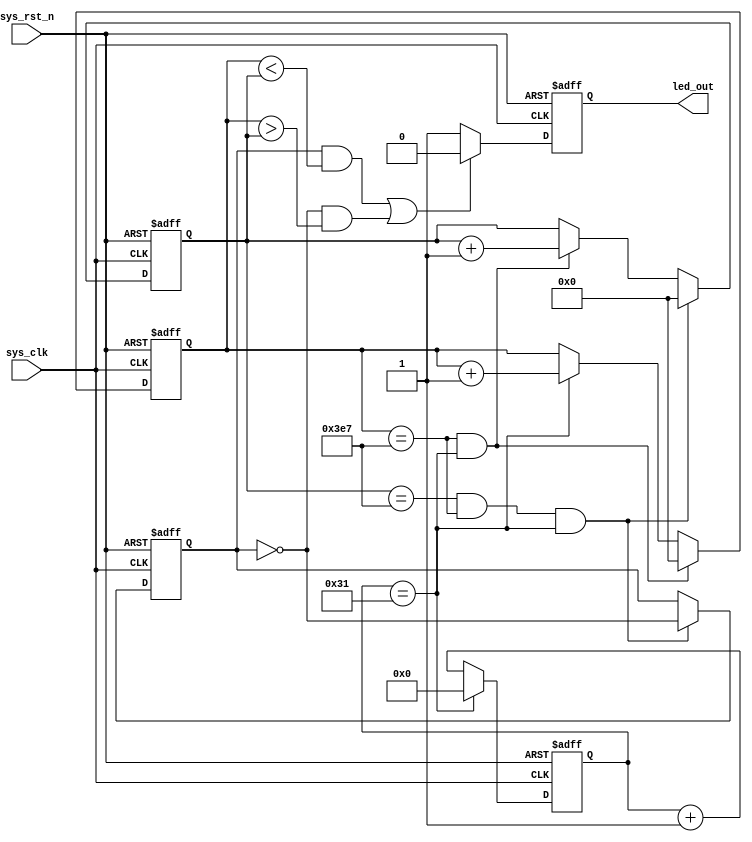
`timescale  1ns/1ns
module  breath_led
#(
    parameter   CNT_1US_MAX = 6'd49,
    parameter   CNT_1MS_MAX = 10'd999,
    parameter   CNT_1S_MAX = 10'd999
)
(
    input    wire   sys_clk     ,
    input    wire   sys_rst_n   ,
    
    output   reg   led_out 
);

reg     [9:0]     cnt_1s;
reg     [9:0]     cnt_1ms;
reg     [5:0]     cnt_1us;
reg               cnt_en;

always@(posedge sys_clk or  negedge sys_rst_n)
    if(sys_rst_n == 1'b0)
        cnt_1us<=6'd0;
    else    if(cnt_1us == CNT_1US_MAX)
        cnt_1us<=6'd0;
    else
        cnt_1us = cnt_1us +6'd1;

always@(posedge sys_clk or  negedge sys_rst_n)
    if(sys_rst_n == 1'b0)     
        cnt_1ms <= 10'd0;
     else   if((cnt_1ms ==CNT_1MS_MAX)&& (cnt_1us == CNT_1US_MAX))
        cnt_1ms <=  10'd0;
     else   if(cnt_1us == CNT_1US_MAX)
        cnt_1ms <= cnt_1ms + 10'd1;
     else
        cnt_1ms <= cnt_1ms;

always@(posedge sys_clk or  negedge sys_rst_n)
    if(sys_rst_n == 1'b0)
        cnt_1s <= 10'd0;
    else    if((cnt_1s == CNT_1S_MAX)&&(cnt_1ms ==CNT_1MS_MAX)&& (cnt_1us == CNT_1US_MAX))
        cnt_1s  <= 10'd0;
    else    if((cnt_1ms ==CNT_1MS_MAX)&& (cnt_1us == CNT_1US_MAX))
        cnt_1s  <=  cnt_1s +10'd1;
    else
        cnt_1s  <=  cnt_1s;
        
always@(posedge sys_clk or  negedge sys_rst_n)
    if(sys_rst_n == 1'b0)
        cnt_en <= 1'b0;
    else    if((cnt_1s == CNT_1S_MAX)&&(cnt_1ms ==CNT_1MS_MAX)&& (cnt_1us == CNT_1US_MAX))
        cnt_en <= ~cnt_en;
    else    
        cnt_en <= cnt_en;
        
always@(posedge sys_clk or  negedge sys_rst_n)
    if(sys_rst_n == 1'b0)
        led_out <= 1'b0;
    else    if((cnt_en == 1'b1 && cnt_1ms < cnt_1s) || 
                            (cnt_en == 1'b0 && cnt_1ms > cnt_1s))
        led_out <= 1'b0;
    else
        led_out <= 1'b1;
endmodule